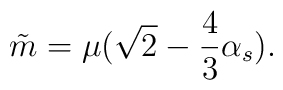
\tilde{m}= \mu (\sqrt{2} - \frac{4}{3} \alpha_{s}).